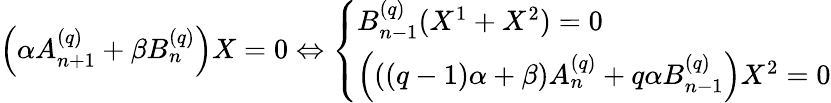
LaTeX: \begin{array}{r}{\left(\alpha A_{n+1}^{(q)}+\beta B_{n}^{(q)}\right)X=0\Leftrightarrow\left\{ \begin{array}{ll}{B_{n-1}^{(q)}(X^{1}+X^{2})=0}\\ {\left(((q-1)\alpha+\beta)A_{n}^{(q)}+q\alpha B_{n-1}^{(q)}\right)X^{2}=0}\end{array}\right.}\end{array}